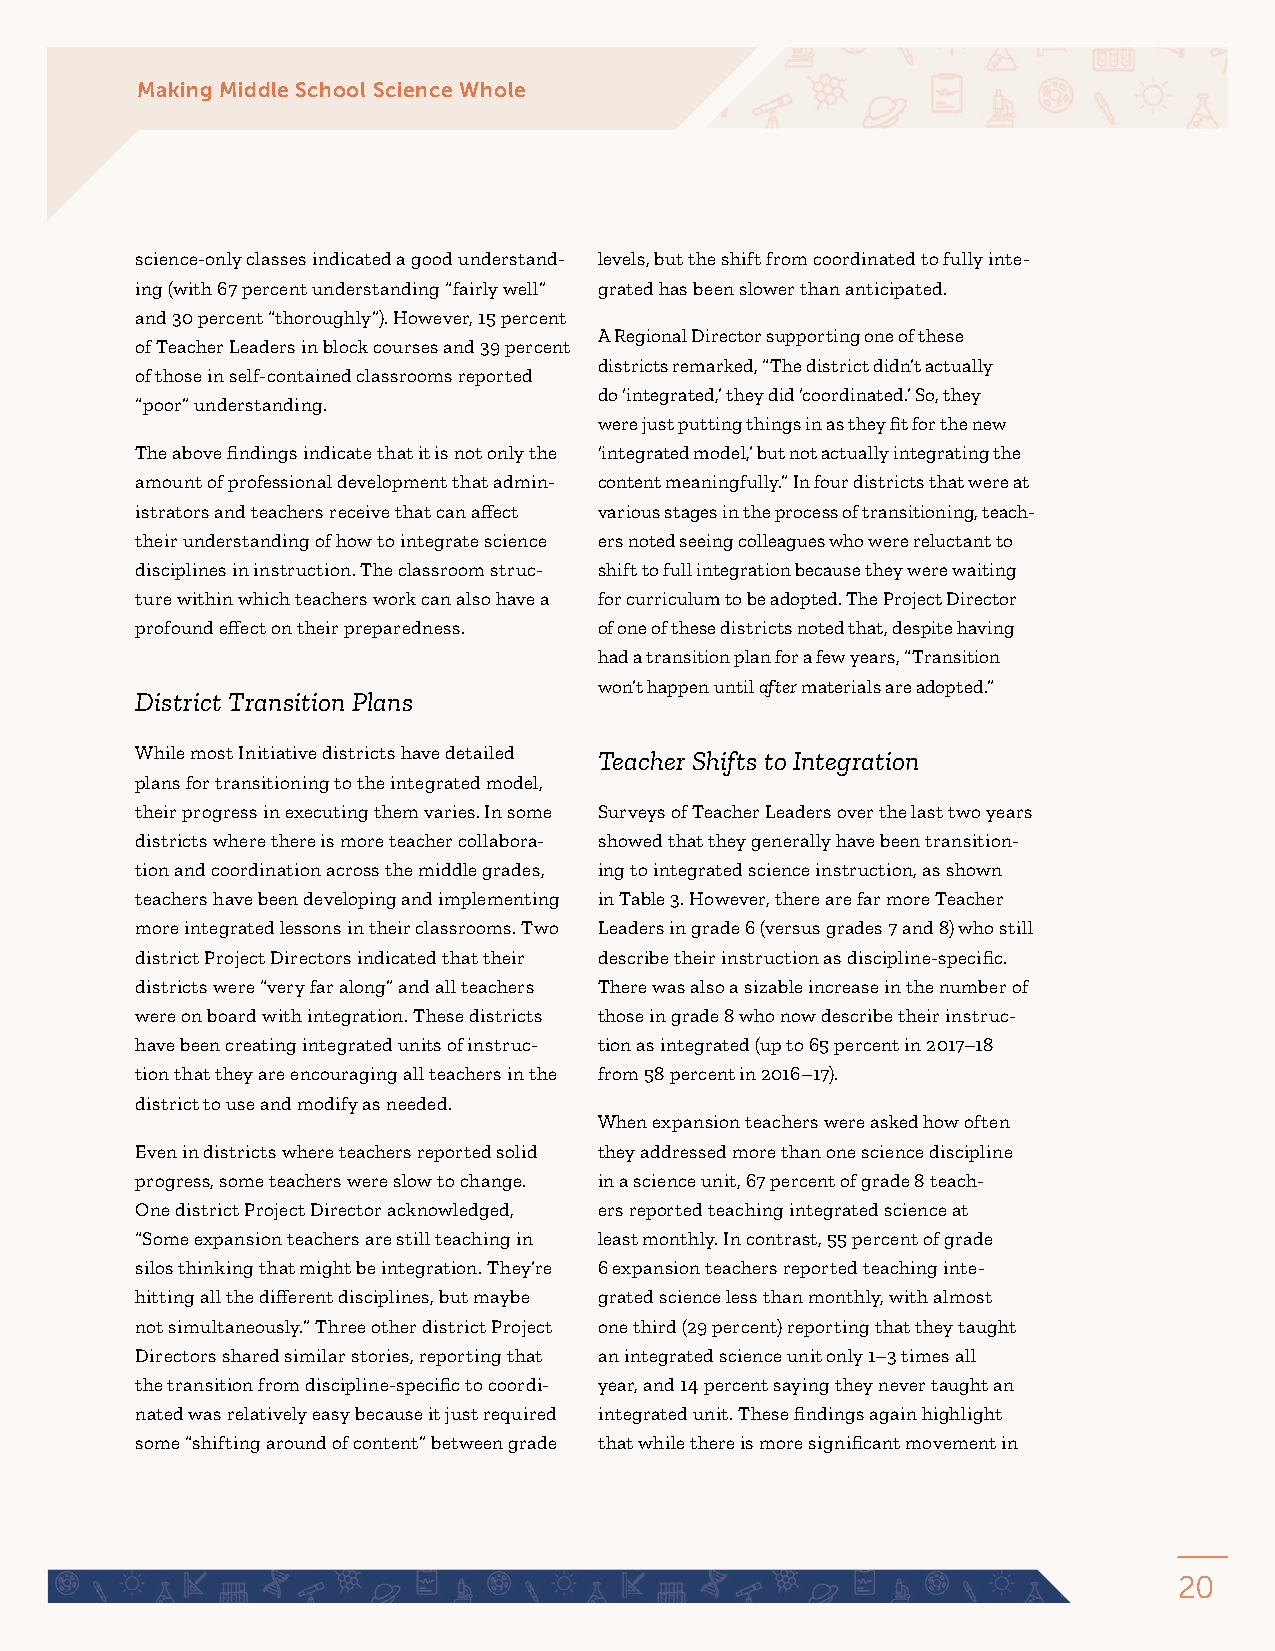
Making Middle School Science Whole
 science-only classes indicated a good understand- levels, but the shift from coordinated to fully inte-
 ing (with 67 percent understanding “fairly well” grated has been slower than anticipated.
 and 30 percent “thoroughly”). However, 15 percent
 A Regional Director supporting one of these
 of Teacher Leaders in block courses and 39 percent
 districts remarked, “The district didn’t actually
 of those in self-contained classrooms reported
 do ‘integrated,’ they did ‘coordinated.’ So, they
 “poor” understanding.
 were just putting things in as they fit for the new
 The above findings indicate that it is not only the ‘integrated model,’ but not actually integrating the
 amount of professional development that admin- content meaningfully.” In four districts that were at
 istrators and teachers receive that can affect various stages in the process of transitioning, teach-
 their understanding of how to integrate science ers noted seeing colleagues who were reluctant to
 disciplines in instruction. The classroom struc- shift to full integration because they were waiting
 ture within which teachers work can also have a for curriculum to be adopted. The Project Director
 profound effect on their preparedness. of one of these districts noted that, despite having
 had a transition plan for a few years, “Transition
 won’t happen until after materials are adopted.”
 District Transition Plans
 While most Initiative districts have detailed Teacher Shifts to Integration
 plans for transitioning to the integrated model,
 their progress in executing them varies. In some Surveys of Teacher Leaders over the last two years
 districts where there is more teacher collabora- showed that they generally have been transition-
 tion and coordination across the middle grades, ing to integrated science instruction, as shown
 teachers have been developing and implementing in Table 3. However, there are far more Teacher
 more integrated lessons in their classrooms. Two Leaders in grade 6 (versus grades 7 and 8) who still
 district Project Directors indicated that their describe their instruction as discipline-specific.
 districts were “very far along” and all teachers There was also a sizable increase in the number of
 were on board with integration. These districts those in grade 8 who now describe their instruc-
 have been creating integrated units of instruc- tion as integrated (up to 65 percent in 2017–18
 tion that they are encouraging all teachers in the from 58 percent in 2016–17).
 district to use and modify as needed.
 When expansion teachers were asked how often
 Even in districts where teachers reported solid they addressed more than one science discipline
 progress, some teachers were slow to change. in a science unit, 67 percent of grade 8 teach-
 One district Project Director acknowledged, ers reported teaching integrated science at
 “Some expansion teachers are still teaching in least monthly. In contrast, 55 percent of grade
 silos thinking that might be integration. They’re 6 expansion teachers reported teaching inte-
 hitting all the different disciplines, but maybe grated science less than monthly, with almost
 not simultaneously.” Three other district Project one third (29 percent) reporting that they taught
 Directors shared similar stories, reporting that an integrated science unit only 1–3 times all
 the transition from discipline-specific to coordi- year, and 14 percent saying they never taught an
 nated was relatively easy because it just required integrated unit. These findings again highlight
 some “shifting around of content” between grade that while there is more significant movement in
 20